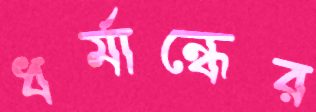
ধর্মান্ধের